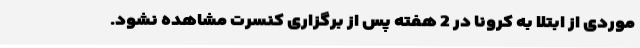
موردی از ابتلا به کرونا در 2 هفته پس از برگزاری کنسرت مشاهده نشود.